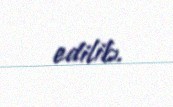
edilib.